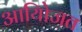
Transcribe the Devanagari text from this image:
आयोिजत